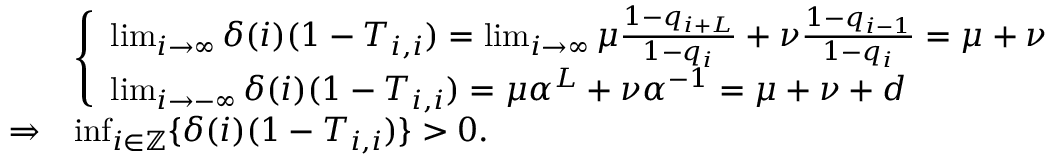
\begin{array} { r l } & { \left\{ \begin{array} { l l } { \operatorname* { l i m } _ { i \to \infty } \delta ( i ) ( 1 - T _ { i , i } ) = \operatorname* { l i m } _ { i \to \infty } \mu \frac { 1 - q _ { i + L } } { 1 - q _ { i } } + \nu \frac { 1 - q _ { i - 1 } } { 1 - q _ { i } } = \mu + \nu } \\ { \operatorname* { l i m } _ { i \to - \infty } \delta ( i ) ( 1 - T _ { i , i } ) = \mu \alpha ^ { L } + \nu \alpha ^ { - 1 } = \mu + \nu + d } \end{array} \right. } \\ { \Rightarrow } & { \operatorname* { i n f } _ { i \in \mathbb { Z } } \{ \delta ( i ) ( 1 - T _ { i , i } ) \} > 0 . } \end{array}